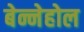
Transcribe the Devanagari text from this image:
बेन्नेहोल